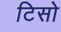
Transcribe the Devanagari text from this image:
टिसो